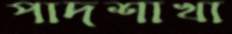
পাদশাখা